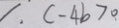
c - 4 b > 0